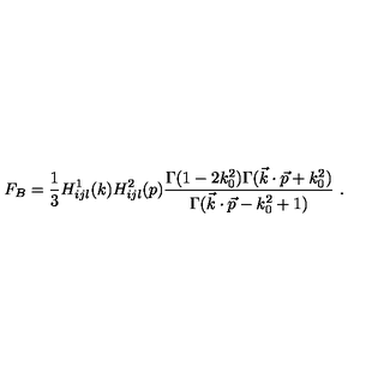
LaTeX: F _ { B } = { \frac { 1 } { 3 } } H _ { i j l } ^ { 1 } ( k ) H _ { i j l } ^ { 2 } ( p ) { \frac { \Gamma ( 1 - 2 k _ { 0 } ^ { 2 } ) \Gamma ( \vec { k } \cdot \vec { p } + k _ { 0 } ^ { 2 } ) } { \Gamma ( \vec { k } \cdot \vec { p } - k _ { 0 } ^ { 2 } + 1 ) } } \ .